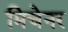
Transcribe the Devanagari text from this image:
मिचेनर